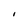
Character: I